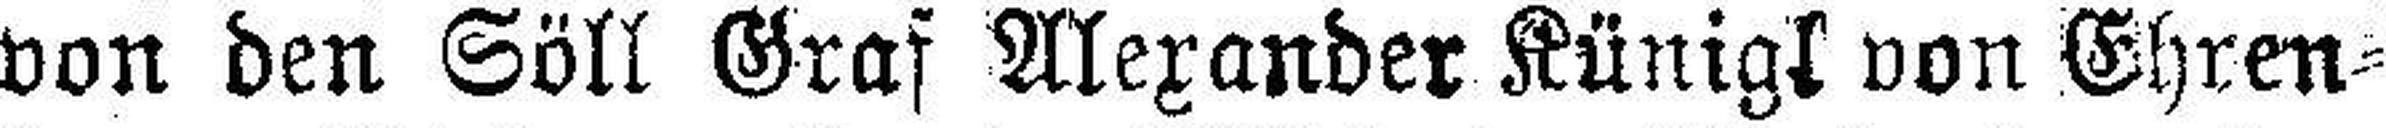
von den Söll Graf Alexander Künigl von Ghren¬